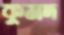
কুমদ